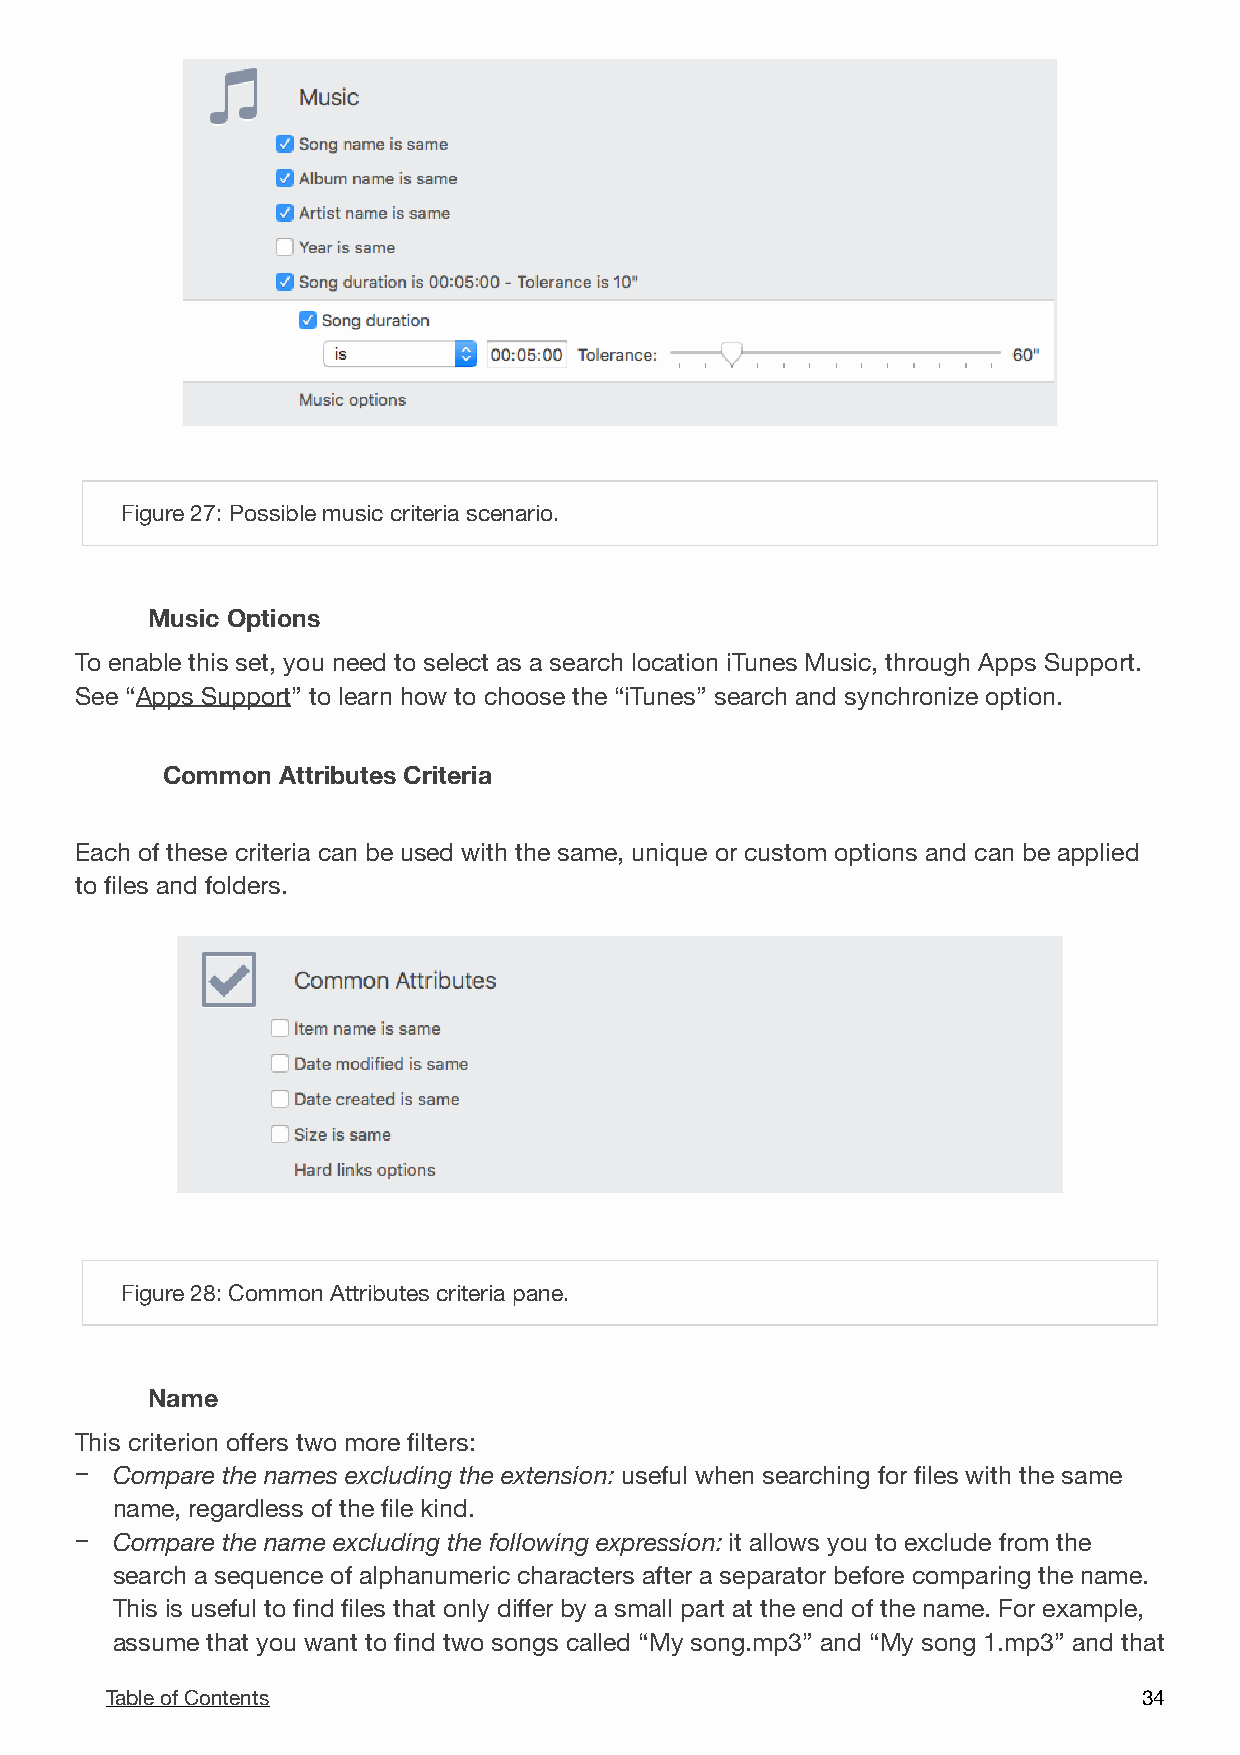
!
 Figure 27: Possible music criteria scenario.
 Music Options
 To enable this set, you need to select as a search location iTunes Music, through Apps Support.
 See “Apps Support” to learn how to choose the “iTunes” search and synchronize option.
 Common Attributes Criteria
 Each of these criteria can be used with the same, unique or custom options and can be applied
 to files and folders.
 !
 Figure 28: Common Attributes criteria pane.
 Name
 This criterion offers two more filters:
 − Compare the names excluding the extension: useful when searching for files with the same
 name, regardless of the file kind.
 − Compare the name excluding the following expression: it allows you to exclude from the
 search a sequence of alphanumeric characters after a separator before comparing the name.
 This is useful to find files that only differ by a small part at the end of the name. For example,
 assume that you want to find two songs called “My song.mp3” and “My song 1.mp3” and that
 Table of Contents                                                    3 4